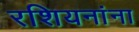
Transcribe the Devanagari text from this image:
रशियनांना